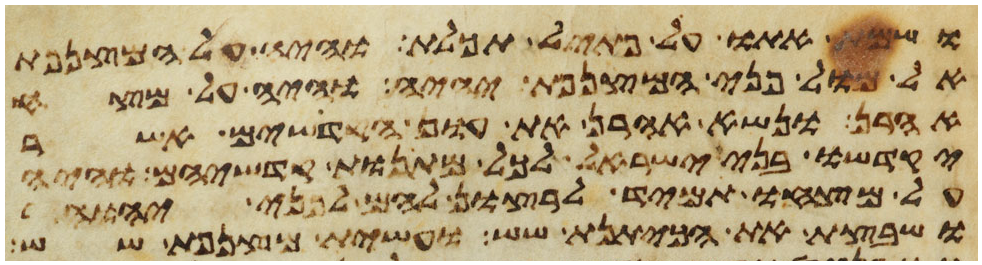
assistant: ושמת אתו על פתיל תכלת והיה על המצנפת
אל מול פני המצנפת יהיה והיה על מצח
אהרן ונשא אהרן את עון הקדשים אשר
יקדישו בני ישראל לכל מתנות קדשיהם והיה
על מצחו תמיד לרצון להם לפני יהוה
ושבצת את הכיתנת שש ועשית מצנפת שש